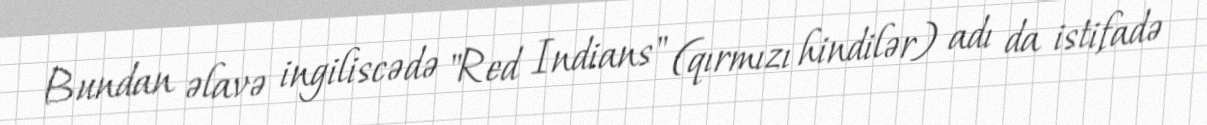
Bundan əlavə ingiliscədə "Red Indians" (qırmızı hindilər) adı da istifadə